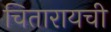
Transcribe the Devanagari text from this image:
चितारायची